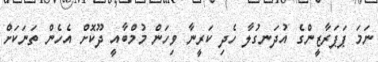
ނަމަ ޕަޕަރާޒީންގެ އުދަނގުލާ ހެދި ކަރީނާ ވިހަން މުމްބާއީ ދޫކޮށް އެހެން ތަނަކަށް